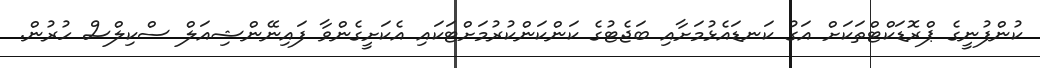
ކުންފުނީގެ ޕްރޮޑަކްޓްތަކަށް އަގު ކަނޑައެޅުމަށާއި ބަޖެޓުގެ ކަންކަންކުރުމަށްޓަކައި އެކަށީގެންވާ ފައިނޭންޝިއަލް ސްކިލްސް ހުރުން.